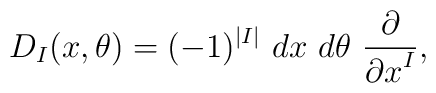
D_I(x, \theta)= (-1)^{|I|} \ dx \  d\theta \ {\partial\over {\partial x}^I},